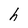
Character: h